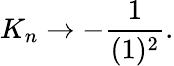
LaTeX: K_{n}\rightarrow-\frac{1}{(1)^{2}}.